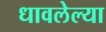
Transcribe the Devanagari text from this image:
धावलेल्या